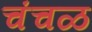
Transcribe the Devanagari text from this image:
चंचळ